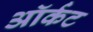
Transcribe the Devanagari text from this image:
ऑर्कट